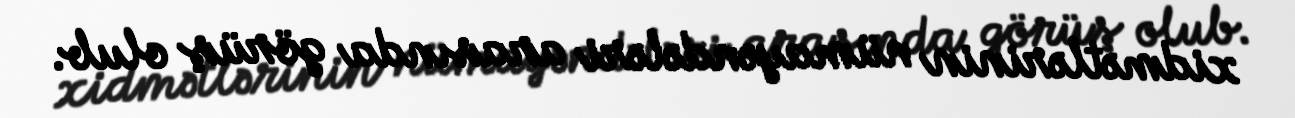
xidmətlərinin nümayəndələri arasında görüş olub.